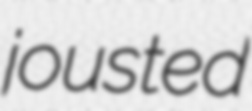
jousted